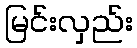
မြင်းလှည်း